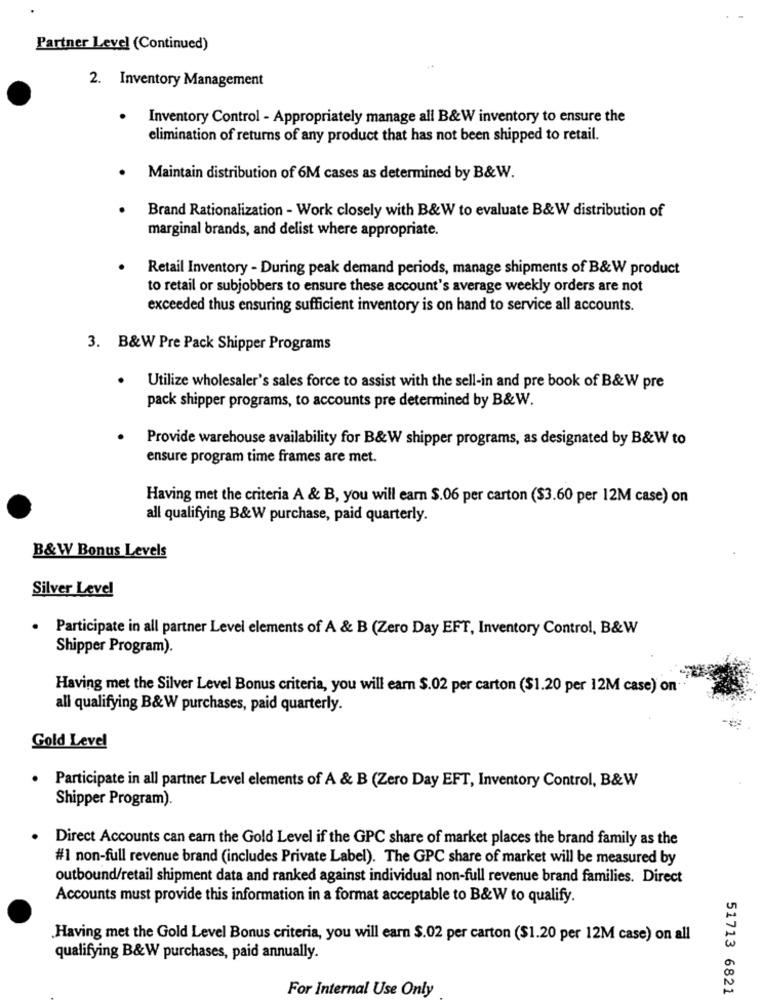
Partner Level (Continued)
2. Inventory Management
Inventory Control - Appropriately manage all B&W inventory to ensure the
elimination of returns of any product that has not been shipped to retail.
Maintain distribution of 6M cases as determined by B&W.
Brand Rationalization - Work closely with B&W to evaluate B&W distribution of
marginal brands, and delist where appropriate.
Retail Inventory - During peak demand periods, manage shipments of B&W product
to retail or subjobbers to ensure these account's average weekly orders are not
exceeded thus ensuring sufficient inventory is on hand to service all accounts.
3. B&W Pre Pack Shipper Programs
Utilize wholesaler's sales force to assist with the sell-in and pre book of B&W pre
pack shipper programs, to accounts pre determined by B&W.
Provide warehouse availability for B&W shipper programs, as designated by B&W to
ensure program time frames are met.
Having met the criteria A & B, you will earn $.06 per carton ($3.60 per 12M case) on
all qualifying B&W purchase, paid quarterly.
B&W Bonus Levels
Silver Level
Participate in all partner Level elements of A & B (Zero Day EFT, Inventory Control, B&W
Shipper Program).
Having met the Silver Level Bonus criteria, you will earn $.02 per carton ($1.20 per 12M case) on-
all qualifying B&W purchases, paid quarterly.
Gold Level
. Participate in all partner Level elements of A & B (Zero Day EFT, Inventory Control, B&W
Shipper Program).
Direct Accounts can earn the Gold Level if the GPC share of market places the brand family as the
#1 non-full revenue brand (includes Private Label). The GPC share of market will be measured by
outbound/retail shipment data and ranked against individual non-full revenue brand families. Direct
Accounts must provide this information in a format acceptable to B&W to qualify.
Having met the Gold Level Bonus criteria, you will earn $.02 per carton ($1.20 per 12M case) on all
qualifying B&W purchases, paid annually.
For Internal Use Only
51713 6821